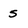
Character: 5